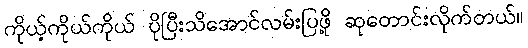
ကိုယ့်ကိုယ်ကိုယ် ပိုပြီးသိအောင်လမ်းပြဖို့ ဆုတောင်းလိုက်တယ်။